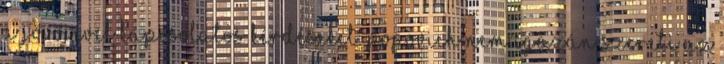
a jövőjével kapcsolatos kérdéseket. Popovich nem igazán szereti az